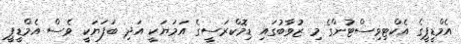
އެމްޑީޕީގެ އެކްޓިވިސްޓުންގެ މި ޒުވާބުގައި ޑިމޮކްރަސީގެ އަމަޔަކީ އަދި ބަފަޔަކީ ވެސް އެމްޑީޕީ